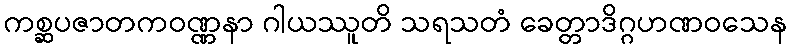
ကစ္ဆပဇာတကဝဏ္ဏနာ ဂါယဿူတိ သရသတံ ခေတ္တာဒိဂ္ဂဟဏဝသေန